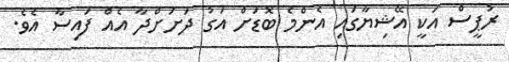
ރުޕީސް އަކީ އޭޝިޔާގައި އެންމެ ބޮޑަށް އަގު ދަށަށްދާ އެއް ފައިސާ އެވެ.